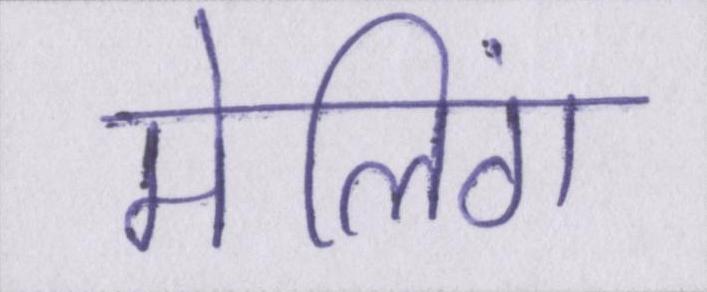
मेलिंग